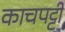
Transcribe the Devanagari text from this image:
काचपट्टी